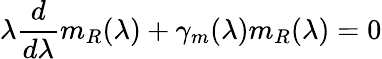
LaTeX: \lambda\frac d{d\lambda}m_{R}(\lambda)+\gamma_{m}(\lambda)m_{R}(\lambda)=0